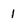
Character: 1